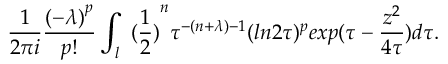
\frac { 1 } { 2 \pi i } \frac { { ( - \lambda ) } ^ { p } } { p ! } \int _ { l } { \ ( \frac { 1 } { 2 } ) } ^ { n } \tau ^ { - ( n + \lambda ) - 1 } ( l n 2 \tau ) ^ { p } e x p ( \tau - \frac { z ^ { 2 } } { 4 \tau } ) d \tau .